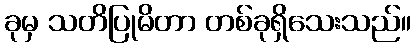
ခုမှ သတိပြုမိတာ တစ်ခုရှိသေးသည်။